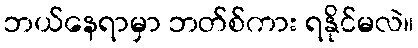
ဘယ်နေရာမှာ ဘတ်စ်ကား ရနိုင်မလဲ။